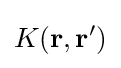
K(\mathbf {r} ,\mathbf {r} ')